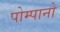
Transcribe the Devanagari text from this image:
पोम्पानो